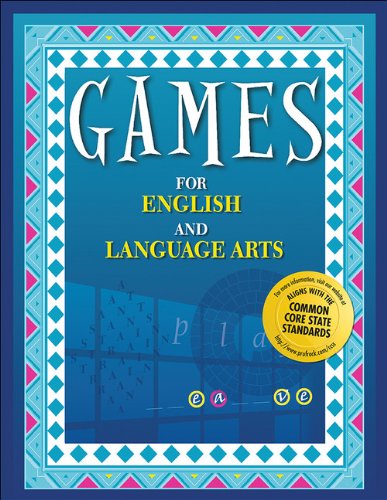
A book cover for Games for English and Language Arts; Charlene Hunter; Teen & Young Adult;